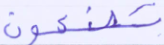
تصنعون